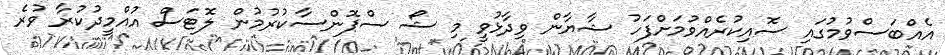
އެއްބަސްވުމުގައި ސޮއިކުރެއްވުމަށްފަހު ޝާޔާން ވިދާޅުވީ މި ޝޯ ސްޕޮންސާކުރުމުން ލޮޓަސް އުއްމީދުކުރާ ވުރެ